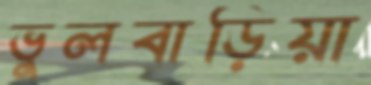
ভুলবাড়িয়া